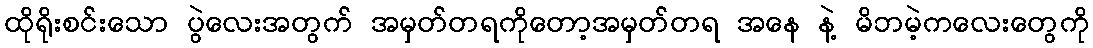
ထိုရိုးစင်းသော ပွဲလေးအတွက် အမှတ်တရကိုတော့အမှတ်တရ အနေ နဲ့ မိဘမဲ့ကလေးတွေကို